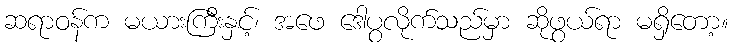
ဆရာဝန်က မယားကြီးနှင့်၊ အဖေ ဒေါပွလိုက်သည်မှာ ဆိုဖွယ်ရာ မရှိတော့။